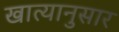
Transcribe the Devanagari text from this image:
खात्यानुसार